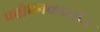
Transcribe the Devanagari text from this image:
प्रबोधनकालीन